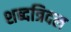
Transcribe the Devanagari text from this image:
शब्दत्रिदल